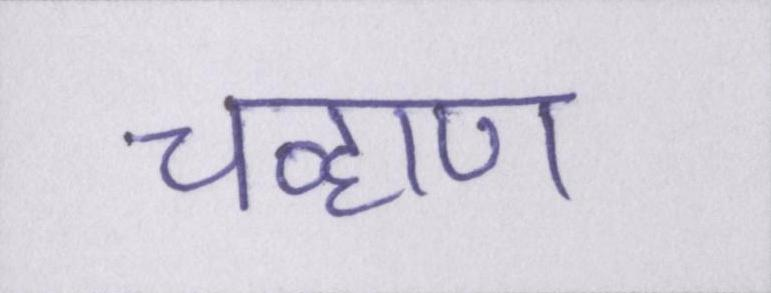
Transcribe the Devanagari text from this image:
चव्हाण